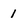
Character: 1